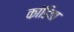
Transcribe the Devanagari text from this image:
कांडिता